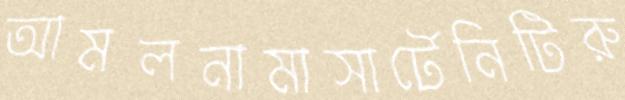
আমলনামাসার্টেনিটিরু